Lunatic asylums Burma 1907-21 - 1907-1921
Year: 1907
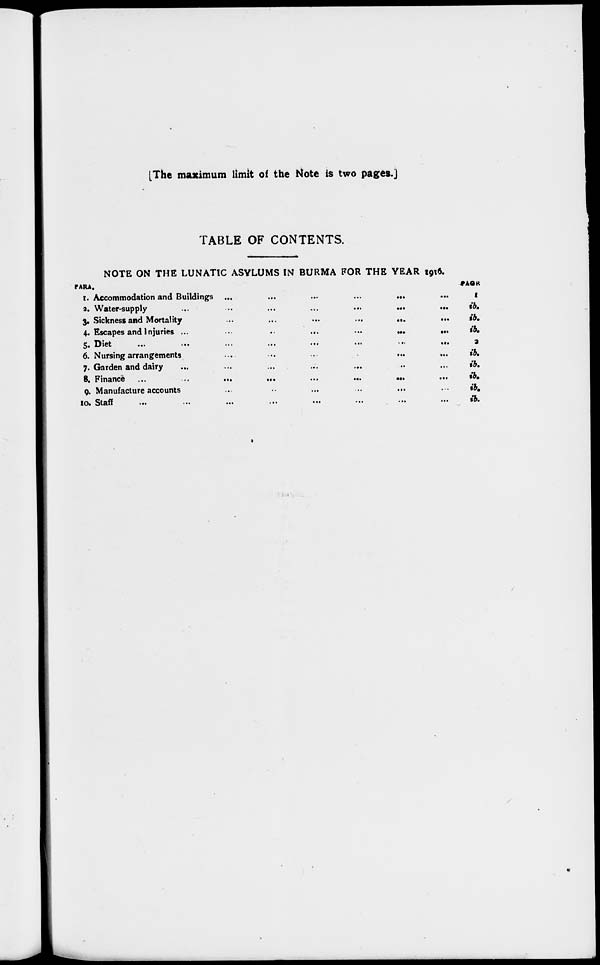
[The maximum limit of the Note is two pages.]
TABLE OF CONTENTS.
PARA.
1.
2.
3.
4.
5.
6.
7.
8.
9.
10.
NOTE ON THE LUNATIC ASYLUMS IN BURMA FOR THE YEAR 1916
Accommodation and Buildings
...
...
...
...
...
...
Water-supply ... ... ... ... ... ...
Sickness and Mortality ... ... ... ... ... ...
Escapes and Injuries
...
...
...
...
...
...
Dite
...
...
...
...
...
...
...
...
...
Nursing arrangements ... ... ... ... ... ...
Garden and dairy ... ... ... ... ... ...
Finance ... ... ... ... ... ... ... ...
Manufacture accounts ... ... ... ... ... ...
Staff
...
...
...
...
...
...
...
...
...
PAGE
1
ib.
ib.
ib.
2
ib.
ib.
ib.
ib.
ib.